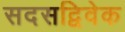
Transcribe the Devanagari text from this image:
सदसद्विवेक